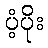
ပံ့ပိုး